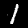
Label: 1